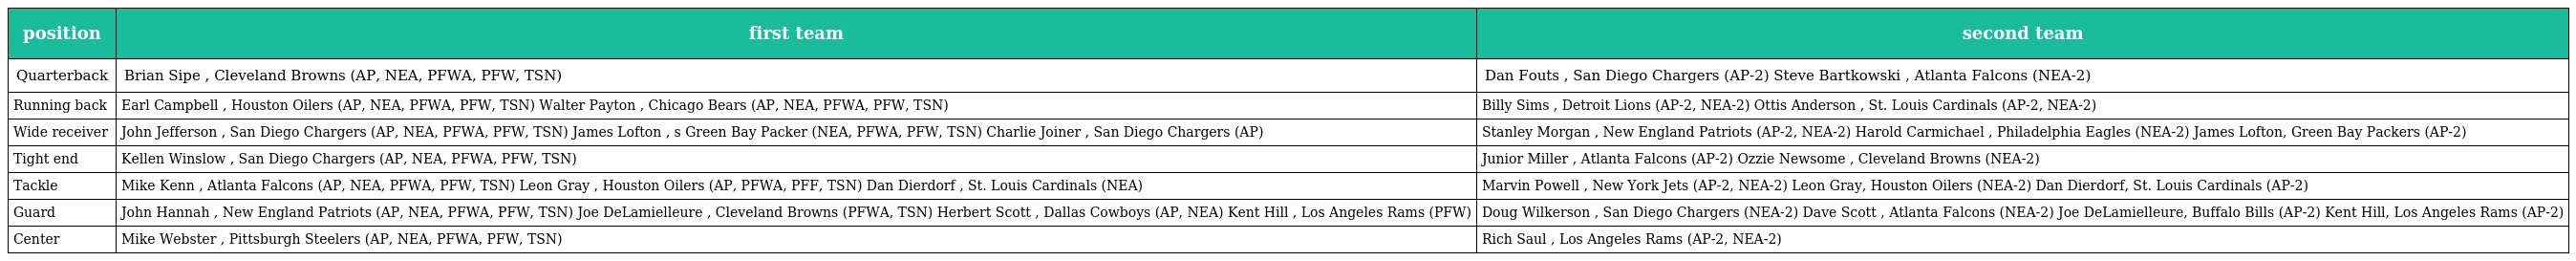
| position | first team | second team |
 | --- | --- | --- |
 | Quarterback | Brian Sipe , Cleveland Browns (AP, NEA, PFWA, PFW, TSN) | Dan Fouts , San Diego Chargers (AP-2) Steve Bartkowski , Atlanta Falcons (NEA-2) |
 | Running back | Earl Campbell , Houston Oilers (AP, NEA, PFWA, PFW, TSN) Walter Payton , Chicago Bears (AP, NEA, PFWA, PFW, TSN) | Billy Sims , Detroit Lions (AP-2, NEA-2) Ottis Anderson , St. Louis Cardinals (AP-2, NEA-2) |
 | Wide receiver | John Jefferson , San Diego Chargers (AP, NEA, PFWA, PFW, TSN) James Lofton , s Green Bay Packer (NEA, PFWA, PFW, TSN) Charlie Joiner , San Diego Chargers (AP) | Stanley Morgan , New England Patriots (AP-2, NEA-2) Harold Carmichael , Philadelphia Eagles (NEA-2) James Lofton, Green Bay Packers (AP-2) |
 | Tight end | Kellen Winslow , San Diego Chargers (AP, NEA, PFWA, PFW, TSN) | Junior Miller , Atlanta Falcons (AP-2) Ozzie Newsome , Cleveland Browns (NEA-2) |
 | Tackle | Mike Kenn , Atlanta Falcons (AP, NEA, PFWA, PFW, TSN) Leon Gray , Houston Oilers (AP, PFWA, PFF, TSN) Dan Dierdorf , St. Louis Cardinals (NEA) | Marvin Powell , New York Jets (AP-2, NEA-2) Leon Gray, Houston Oilers (NEA-2) Dan Dierdorf, St. Louis Cardinals (AP-2) |
 | Guard | John Hannah , New England Patriots (AP, NEA, PFWA, PFW, TSN) Joe DeLamielleure , Cleveland Browns (PFWA, TSN) Herbert Scott , Dallas Cowboys (AP, NEA) Kent Hill , Los Angeles Rams (PFW) | Doug Wilkerson , San Diego Chargers (NEA-2) Dave Scott , Atlanta Falcons (NEA-2) Joe DeLamielleure, Buffalo Bills (AP-2) Kent Hill, Los Angeles Rams (AP-2) |
 | Center | Mike Webster , Pittsburgh Steelers (AP, NEA, PFWA, PFW, TSN) | Rich Saul , Los Angeles Rams (AP-2, NEA-2) |